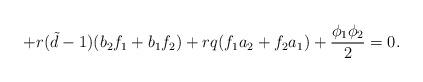
LaTeX: \begin{align*}+r({\tilde d}-1)(b_{2}f_{1}+b_{1}f_{2})+rq(f_{1}a_{2} +f_{2}a_{1})+\frac{\phi_{1}\phi_{2}}{2}=0. \end{align*}